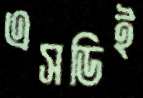
এসডিই